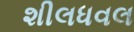
શીલધવલ